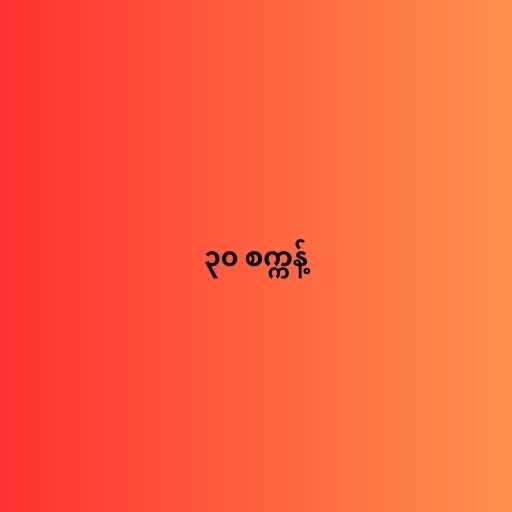
၃၀ စက္ကန့်